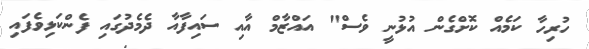
ހުރިހާ ކަމެއް ކޮށްގެން އުޅުނީ ވެސް" އައްޒާމް އާއި ސައިފާއާ ދެމެދުގައި ފެންކަޅިވެފައި